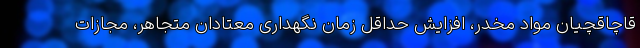
قاچاقچیان مواد مخدر، افزایش حداقل زمان نگهداری معتادان متجاهر، مجازات